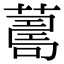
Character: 𦺚